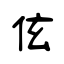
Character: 伭